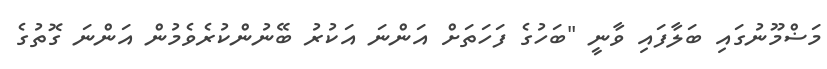
މަޟްމޫނުގައި ބަލާފައި ވާނީ "ބަހުގެ ފަހަތަށް އަންނަ އަކުރު ބޭނުންކުރެވެމުން އަންނަ ގޮތުގެ